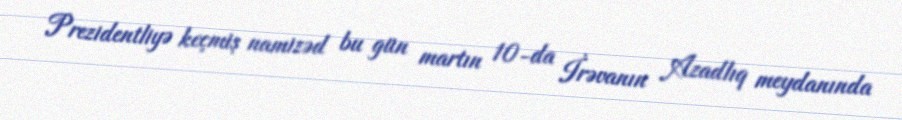
Prezidentliyə keçmiş namizəd bu gün martın 10-da İrəvanın Azadlıq meydanında